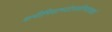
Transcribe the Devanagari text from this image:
शमीमिवाभ्यंतरलीनपावकां